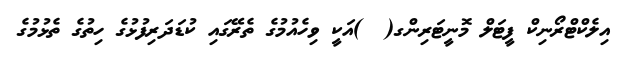
އިލެކްޓްރޯނިކް ފީޓަލް މޮނީޓަރިންގ(  )އަކީ ވިހެއުމުގެ ތެރޭގައި ކުޑަދަރިފުޅުގެ ހިތުގެ ތެޅުމުގެ